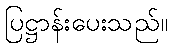
ပြဋ္ဌာန်းပေးသည်။